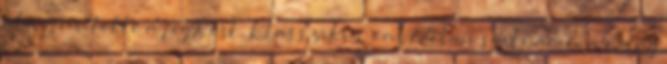
ahogy ürítette a fegyvert. Klasszikus önvédelmi szituáció, a világ